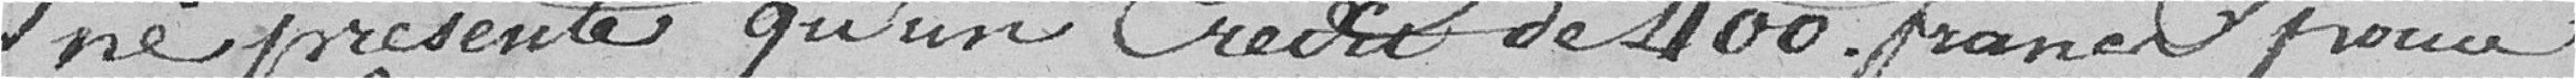
ne présente qu'un crédit de 400 francs pour